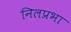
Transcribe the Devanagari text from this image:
निलप्रभा